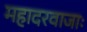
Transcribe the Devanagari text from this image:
महादरवाजाः